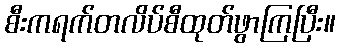
စီးကရက်တလိပ်စီထုတ်ဖွာကြပြီး။